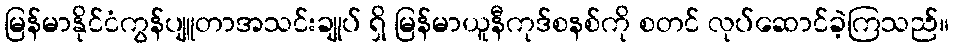
မြန်မာနိုင်ငံကွန်ပျူတာအသင်းချုပ် ရှိ မြန်မာယူနီကုဒ်စနစ်ကို စတင် လုပ်ဆောင်ခဲ့ကြသည်။